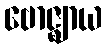
ဗောဇ္ဈာယ